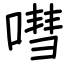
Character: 嘒